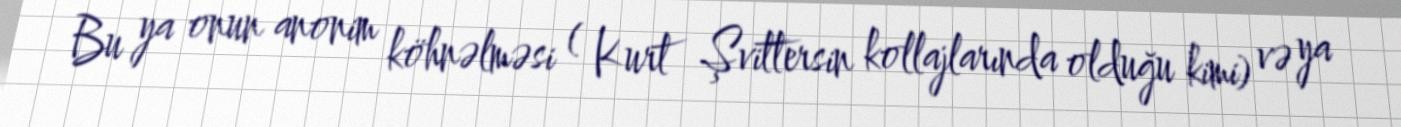
Bu ya onun anonim köhnəlməsi ( Kurt Şvittersin kollajlarında olduğu kimi) və ya